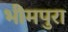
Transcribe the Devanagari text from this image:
भीमपुरा